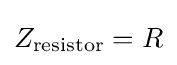
Z_{\text{resistor}}=R